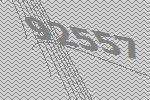
92557